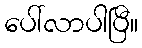
ပေါ်လာပါပြီ။